Problem: 3 × 5 = ?
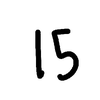
Handwritten answer: 15